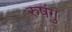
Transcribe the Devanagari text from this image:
रुषंगु